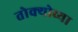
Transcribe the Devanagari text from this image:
तोक्योच्या